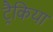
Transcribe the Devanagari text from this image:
ट्रैकिया